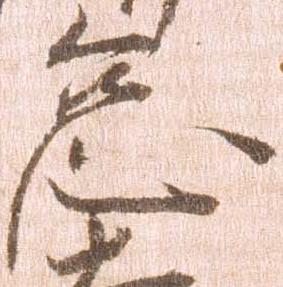
怠